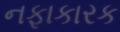
નફાકારક